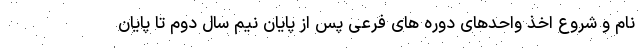
نام و شروع اخذ واحدهای دوره های فرعی پس از پایان نیم سال دوم تا پایان